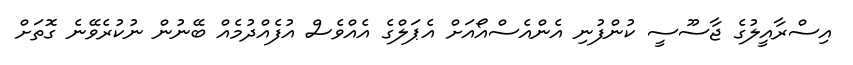
އިސްރާއީލުގެ ޖާސޫސީ ކުންފުނި އެންއެސްއޯއަށް އެޕަލްގެ އެއްވެސް އުފެއްދުމެއް ބޭނުން ނުކުރެވޭނެ ގޮތަށް